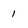
Character: 1